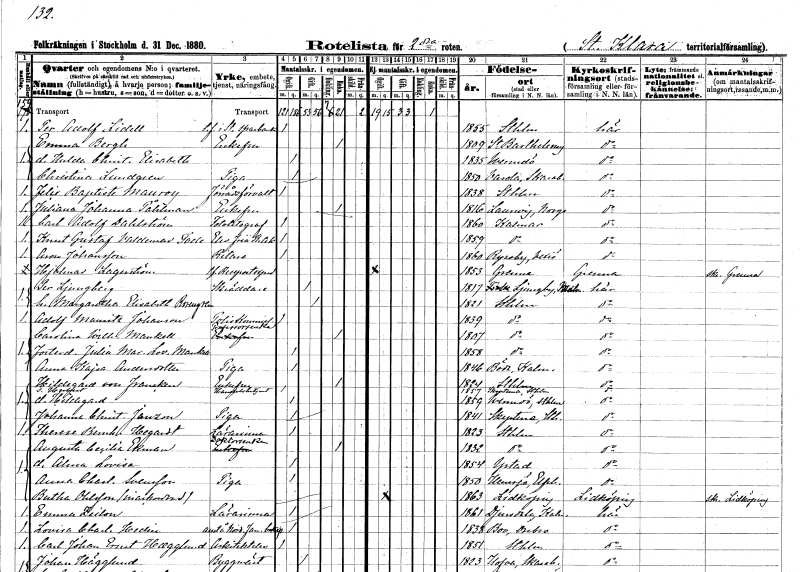
gt_parse: households: individuals: FN: Per Adolf
EN: Lidell
YRKE: t.f. i Stockholms sparbank
KON: M
CIV: O
FODAR: 1855
FODFORS: Stockholm
FN: Emma
EN: Bergh
KON: K
CIV: E
FODAR: 1809
FN: Hulda Christina Elisabeth
KON: K
CIV: O
FODAR: 1835
FODFORS: Värmdö Stockholms län
FN: Christina
EN: Lundgren
YRKE: Piga
KON: K
CIV: O
FODAR: 1850
FODFORS: Varola Skaraborgs län
FN: Felix Baptiste
EN: Mauroy
YRKE: Förrådsförvaltare
KON: M
CIV: O
FODAR: 1838
FODFORS: Stockholm
FN: Juliana Johanna
EN: Påhlman
KON: K
CIV: E
FODAR: 1816
FN: Carl Adolf
EN: Dahlström
YRKE: Fotograf
KON: M
CIV: O
FODAR: 1860
FODFORS: Kalmar Kalmar län
FN: Knut Gustaf Valdemar
EN: Tode
YRKE: Elev vid Akademin för fria konster
KON: M
CIV: O
FODAR: 1859
FODFORS: Kalmar Kalmar län
FN: Aron
EN: Johansson
YRKE: Ritare
KON: M
CIV: O
FODAR: 1860
FODFORS: Ryssby Kronobergs län
FN: Hjalmar
EN: Lagerström
YRKE: Resepostexpeditör t.f.
KON: M
CIV: O
FODAR: 1853
FODFORS: Gränna Jönköpings län
FN: Per
EN: Ljungberg
YRKE: Skräddare
KON: M
CIV: G
FODAR: 1817
FODFORS: Ljungby Hallands län
FN: Margaretha Elisabeth
EN: Rosengren
KON: K
CIV: G
FODAR: 1821
FODFORS: Stockholm
FN: Adolf Mauritz
EN: Johansson
YRKE: Poliskommissarie
KON: M
CIV: O
FODAR: 1839
FODFORS: Stockholm
FN: Carolina Wilhelmina
EN: Mankell
YRKE: Professorsänka
KON: K
CIV: E
FODAR: 1807
FODFORS: Stockholm
FN: Julia Maria Lovisa
EN: Mankell
KON: K
CIV: O
FODAR: 1858
FODFORS: Stockholm
FN: Anna Kajsa
EN: Andersdotter
YRKE: Piga
KON: K
CIV: O
FODAR: 1846
FODFORS: Böda Kalmar län
FN: Hildegard
EN: von Francken
KON: K
CIV: E
FODAR: 1824
FODFORS: Stockholm
FN: Herbert
YRKE: Handelsbetjänt
KON: M
CIV: O
FODAR: 1857
FODFORS: Skepptuna Stockholms län
FN: Hildegard
KON: K
CIV: O
FODAR: 1859
FODFORS: Värmdö Stockholms län
FN: Johanna Christina
EN: Janzon
YRKE: Piga
KON: K
CIV: O
FODAR: 1841
FODFORS: Skepptuna Stockholms län
FN: Therese Bernhardina
EN: Hegardt
YRKE: Lärarinna
KON: K
CIV: O
FODAR: 1823
FODFORS: Stockholm
FN: Augusta Cecilia
EN: Ekman
YRKE: Doktorsänka
KON: K
CIV: E
FODAR: 1832
FODFORS: Stockholm
FN: Alma Lovisa
KON: K
CIV: O
FODAR: 1854
FODFORS: Ystad Malmöhus län
FN: Anna Charlotta
EN: Svensson
YRKE: Piga
KON: K
CIV: O
FODAR: 1850
FODFORS: Hemsjö Älvsborgs län
FN: Bertha
EN: Ohlsson
YRKE: Inackorderad
KON: K
CIV: O
FODAR: 1863
FODFORS: Lidköping Skaraborgs län
FN: Emma
EN: Zeilon
YRKE: Lärarinna
KON: K
CIV: O
FODAR: 1861
FODFORS: Djursdala Kalmar län
FN: Lovisa Charlotta
EN: Hedin
YRKE: Anställd vid Nordisk Familjeboksexp.
KON: K
CIV: O
FODAR: 1838
FODFORS: Bo Örebro län
FN: Carl Johan Ernst
EN: Haegglund
YRKE: Arkitektelev
KON: M
CIV: O
FODAR: 1851
FODFORS: Stockholm